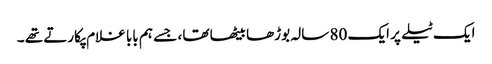
ایک ٹیلے پر ایک 80 سالہ بوڑھا بیٹھا تھا ، جسے ہم بابا غلام پکارتے تھے ۔